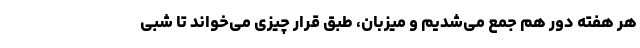
هر هفته دور هم جمع می‌شدیم و میزبان، طبق قرار چیزی می‌خواند تا شبی